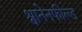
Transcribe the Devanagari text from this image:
श्वानेनफील्ड